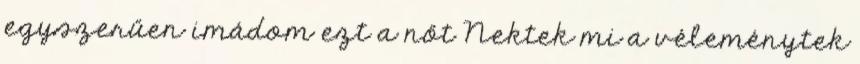
egyszerűen imádom ezt a nőt Nektek mi a véleménytek